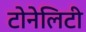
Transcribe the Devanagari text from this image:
टोनेलिटी